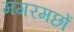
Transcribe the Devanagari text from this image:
मगरमछों